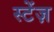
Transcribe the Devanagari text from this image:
स्टेंज़